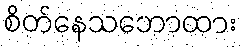
စိတ်နေသဘောထား